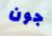
جون